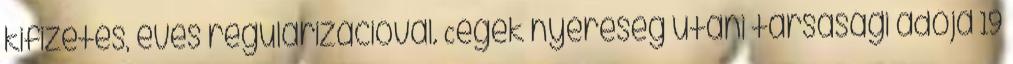
kifizetés, éves regularizációval. Cégek nyereség utáni társasági adója 19